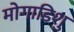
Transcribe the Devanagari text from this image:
मोगाडिशु